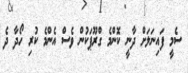
ސެމީ ފައިނަލަށް ދާނީ ކޮންމެ ގްރޫޕަކުން ވެސް އެންމެ ކުރި ހޯދާ ދެ